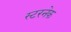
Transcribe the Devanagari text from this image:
स्टरनेक